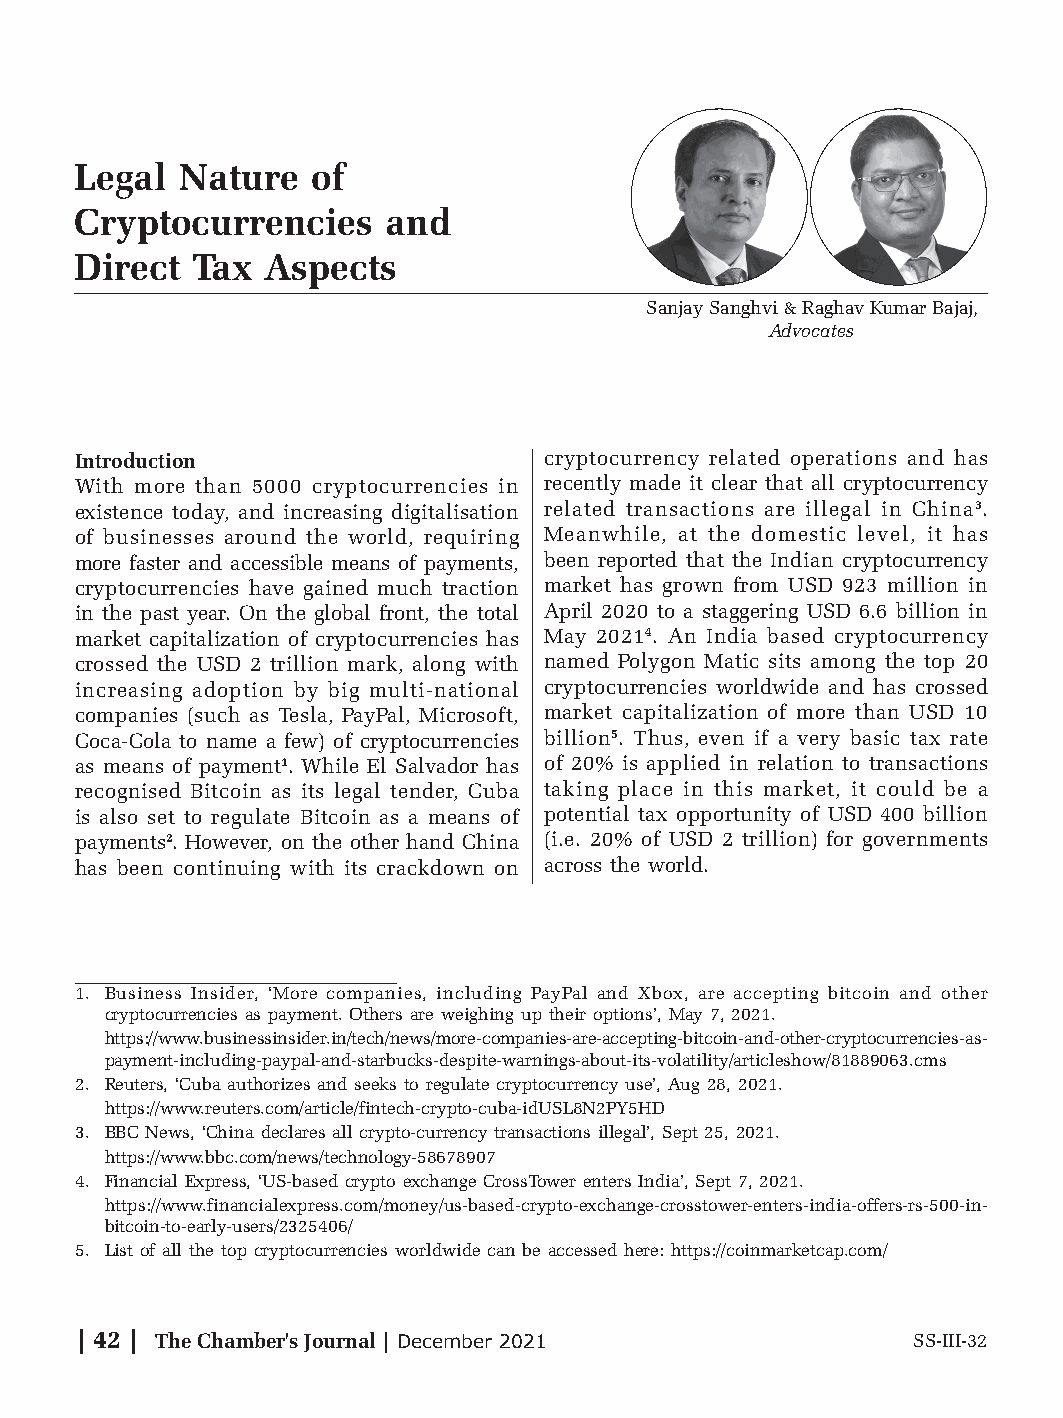
Special Story — Legal Nature of Cryptocurrencies and Direct Tax Aspects
 Legal  Nature   of
 Cryptocurrencies     and
 Direct  Tax  Aspects
 Sanjay Sanghvi & Raghav Kumar Bajaj,
 Advocates
 Introduction                   cryptocurrency related operations and has
 With more than 5000 cryptocurrencies in recently made it clear that all cryptocurrency
 existence today, and increasing digitalisation related transactions are illegal in China3.
 of businesses around the world, requiring Meanwhile, at the domestic level, it has
 more faster and accessible means of payments, been reported that the Indian cryptocurrency
 cryptocurrencies have gained much traction market has grown from USD 923 million in
 in the past year. On the global front, the total April 2020 to a staggering USD 6.6 billion in
 market capitalization of cryptocurrencies has May 20214. An India based cryptocurrency
 crossed the USD 2 trillion mark, along with named Polygon Matic sits among the top 20
 increasing adoption by big multi-national cryptocurrencies worldwide and has crossed
 companies (such as Tesla, PayPal, Microsoft, market capitalization of more than USD 10
 Coca-Cola to name a few) of cryptocurrencies billion5. Thus, even if a very basic tax rate
 as means of payment1. While El Salvador has of 20% is applied in relation to transactions
 recognised Bitcoin as its legal tender, Cuba taking place in this market, it could be a
 is also set to regulate Bitcoin as a means of potential tax opportunity of USD 400 billion
 payments2. However, on the other hand China (i.e. 20% of USD 2 trillion) for governments
 has been continuing with its crackdown on across the world.
 1. Business Insider, ‘More companies, including PayPal and Xbox, are accepting bitcoin and other
 cryptocurrencies as payment. Others are weighing up their options’, May 7, 2021.
 https://www.businessinsider.in/tech/news/more-companies-are-accepting-bitcoin-and-other-cryptocurrencies-as-
 payment-including-paypal-and-starbucks-despite-warnings-about-its-volatility/articleshow/81889063.cms
 2. Reuters, ‘Cuba authorizes and seeks to regulate cryptocurrency use’, Aug 28, 2021.
 https://www.reuters.com/article/fintech-crypto-cuba-idUSL8N2PY5HD
 3. BBC News, ‘China declares all crypto-currency transactions illegal’, Sept 25, 2021.
 https://www.bbc.com/news/technology-58678907
 4. Financial Express, ‘US-based crypto exchange CrossTower enters India’, Sept 7, 2021.
 https://www.financialexpress.com/money/us-based-crypto-exchange-crosstower-enters-india-offers-rs-500-in-
 bitcoin-to-early-users/2325406/
 5. List of all the top cryptocurrencies worldwide can be accessed here: https://coinmarketcap.com/
 | 42 | The Chamber's Journal | December 2021           SS-III-32